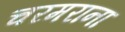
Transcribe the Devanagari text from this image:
चरमराना